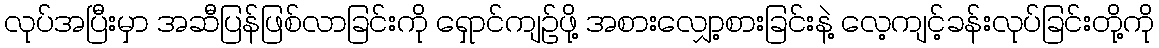
လုပ်အပြီးမှာ အဆီပြန်ဖြစ်လာခြင်းကို ရှောင်ကျဉ်ဖို့ အစားလျှော့စားခြင်းနဲ့ လေ့ကျင့်ခန်းလုပ်ခြင်းတို့ကို